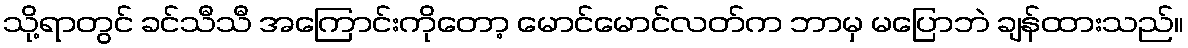
သို့ရာတွင် ခင်သီသီ အကြောင်းကိုတော့ မောင်မောင်လတ်က ဘာမှ မပြောဘဲ ချန်ထားသည်။